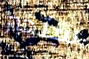
ستخبر